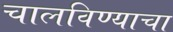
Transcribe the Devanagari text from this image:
चालविण्‍याचा